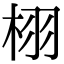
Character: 栩